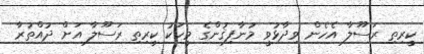
ކީރިތި ރަސޫލާ އެހެން ވިދާޅުވީ މުނާފިޤުންގެ މީހަކު ކީރިތި ރަސޫލާ އަށް ދުއްތުރާ